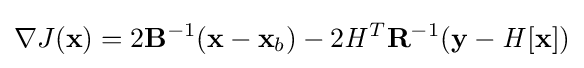
\nabla J(\mathbf {x} )=2\mathbf {B} ^{-1}(\mathbf {x} -\mathbf {x} _{b})-2{\mathit {H}}^{T}\mathbf {R} ^{-1}(\mathbf {y} -{\mathit {H}}[\mathbf {x} ])